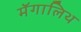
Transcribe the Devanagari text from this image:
मॅगालिथ